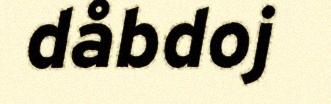
dåbdoj